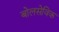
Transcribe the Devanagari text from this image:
बोलसेविक